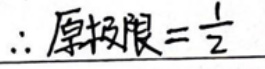
$\therefore $原极限$ =\frac {1}{2}$